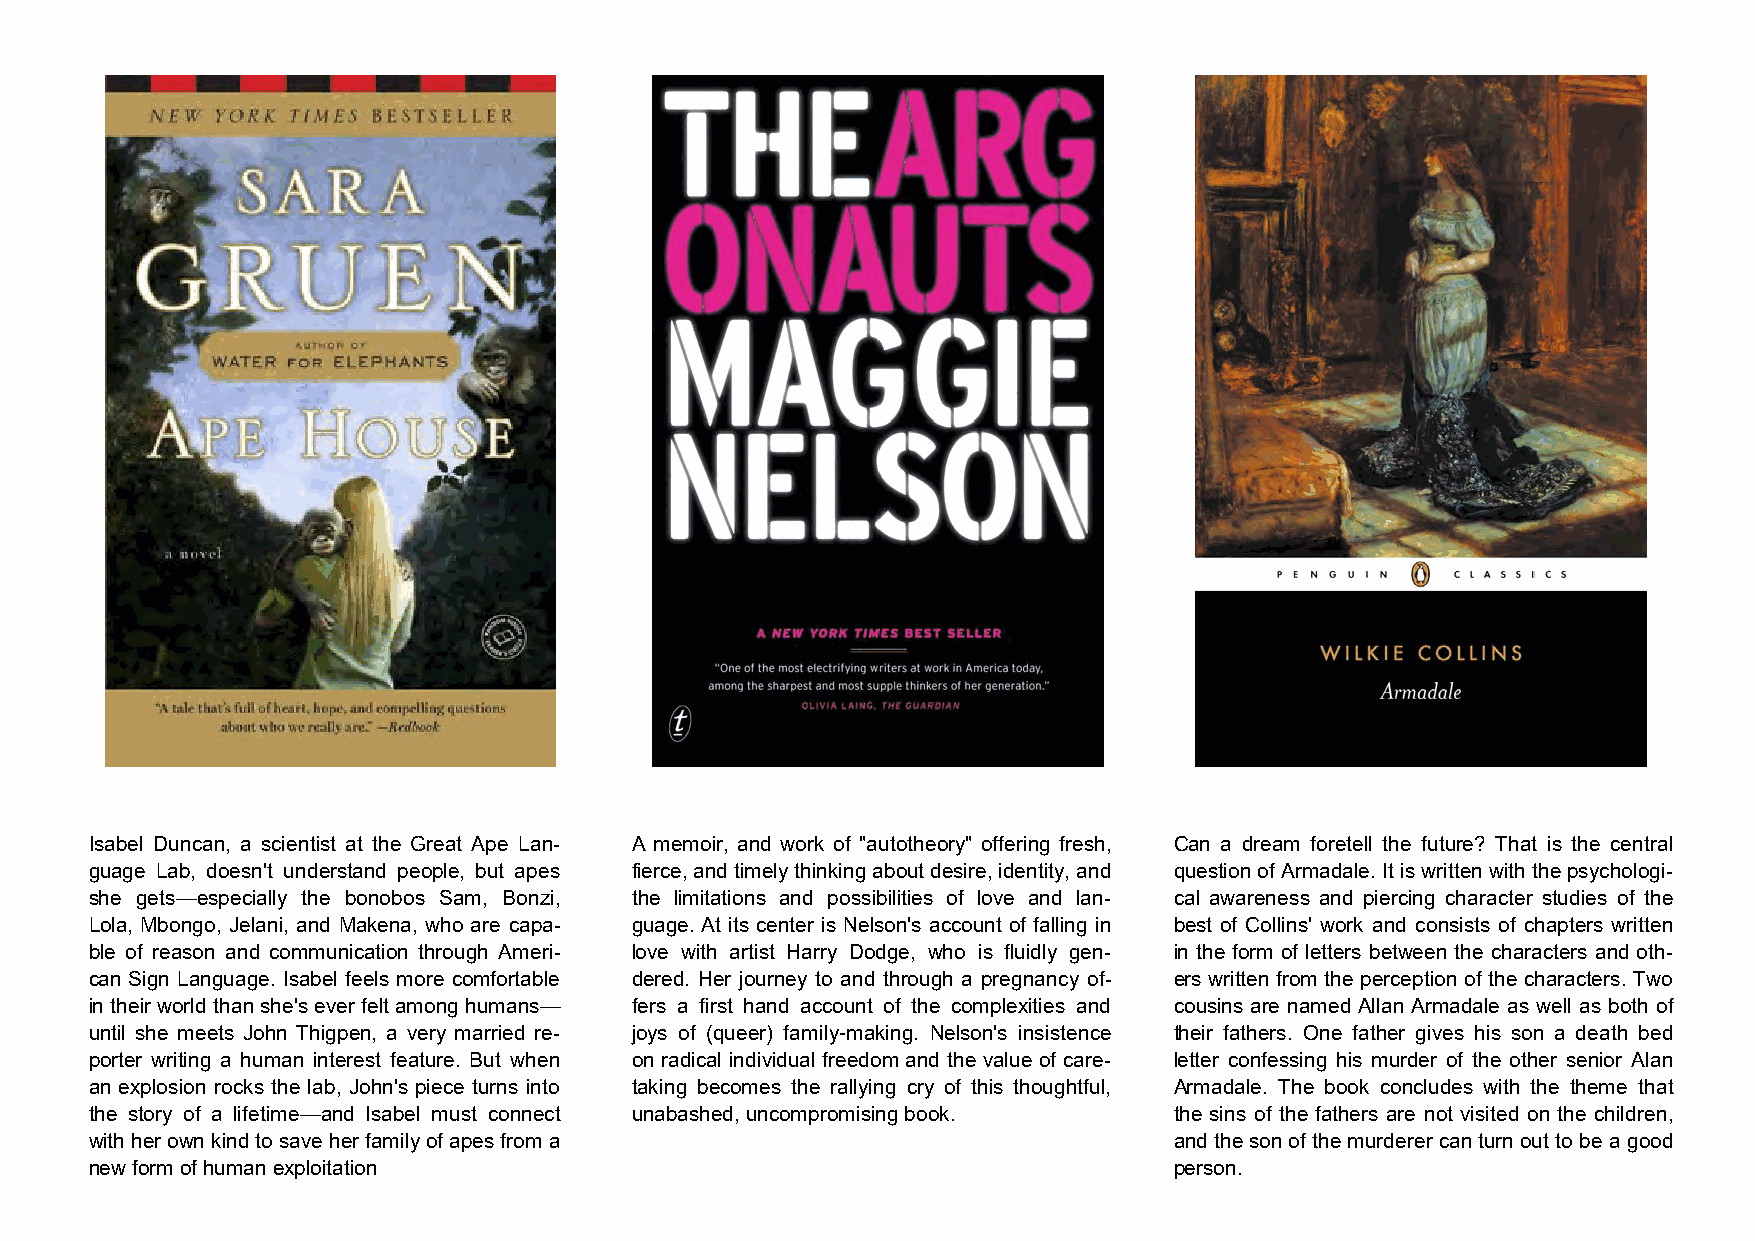
Isabel Duncan, a scientist at the Great Ape Lan- A memoir, and work of "autotheory" offering fresh, Can a dream foretell the future? That is the central
 guage Lab, doesn't understand people, but apes fierce, and timely thinking about desire, identity, and question of Armadale. It is written with the psychologi-
 she gets—especially the bonobos Sam, Bonzi, the limitations and possibilities of love and lan- cal awareness and piercing character studies of the
 Lola, Mbongo, Jelani, and Makena, who are capa- guage. At its center is Nelson's account of falling in best of Collins' work and consists of chapters written
 ble of reason and communication through Ameri- love with artist Harry Dodge, who is fluidly gen- in the form of letters between the characters and oth-
 can Sign Language. Isabel feels more comfortable dered. Her journey to and through a pregnancy of- ers written from the perception of the characters. Two
 in their world than she's ever felt among humans— fers a first hand account of the complexities and cousins are named Allan Armadale as well as both of
 until she meets John Thigpen, a very married re- joys of (queer) family-making. Nelson's insistence their fathers. One father gives his son a death bed
 porter writing a human interest feature. But when on radical individual freedom and the value of care- letter confessing his murder of the other senior Alan
 an explosion rocks the lab, John's piece turns into taking becomes the rallying cry of this thoughtful, Armadale. The book concludes with the theme that
 the story of a lifetime—and Isabel must connect unabashed, uncompromising book. the sins of the fathers are not visited on the children,
 with her own kind to save her family of apes from a                     and the son of the murderer can turn out to be a good
 new form of human exploitation                                          person.